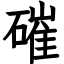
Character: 磪